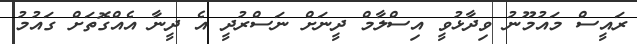
ރައީސް މައުމޫނު ވިދާޅުވީ އިސްލާމް ދީނަށް ނަސްރުދީ އެ ދީނާ އެއްގޮތަށް ގައުމު